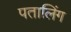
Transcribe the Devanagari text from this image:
पतालिंग